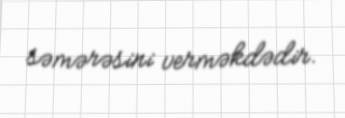
səmərəsini verməkdədir.